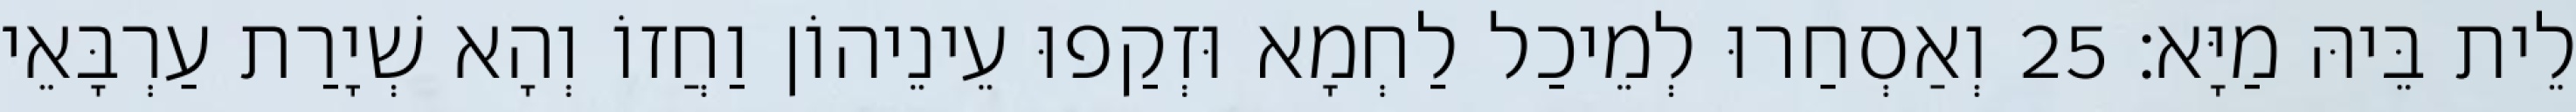
לֵית בֵּיהּ מַיָּא׃ 25 וְאַסְחַרוּ לְמֵיכַל לַחְמָא וּזְקַפוּ עֵינֵיהוֹן וַחֲזוֹ וְהָא שְׁיָרַת עַרְבָּאֵי